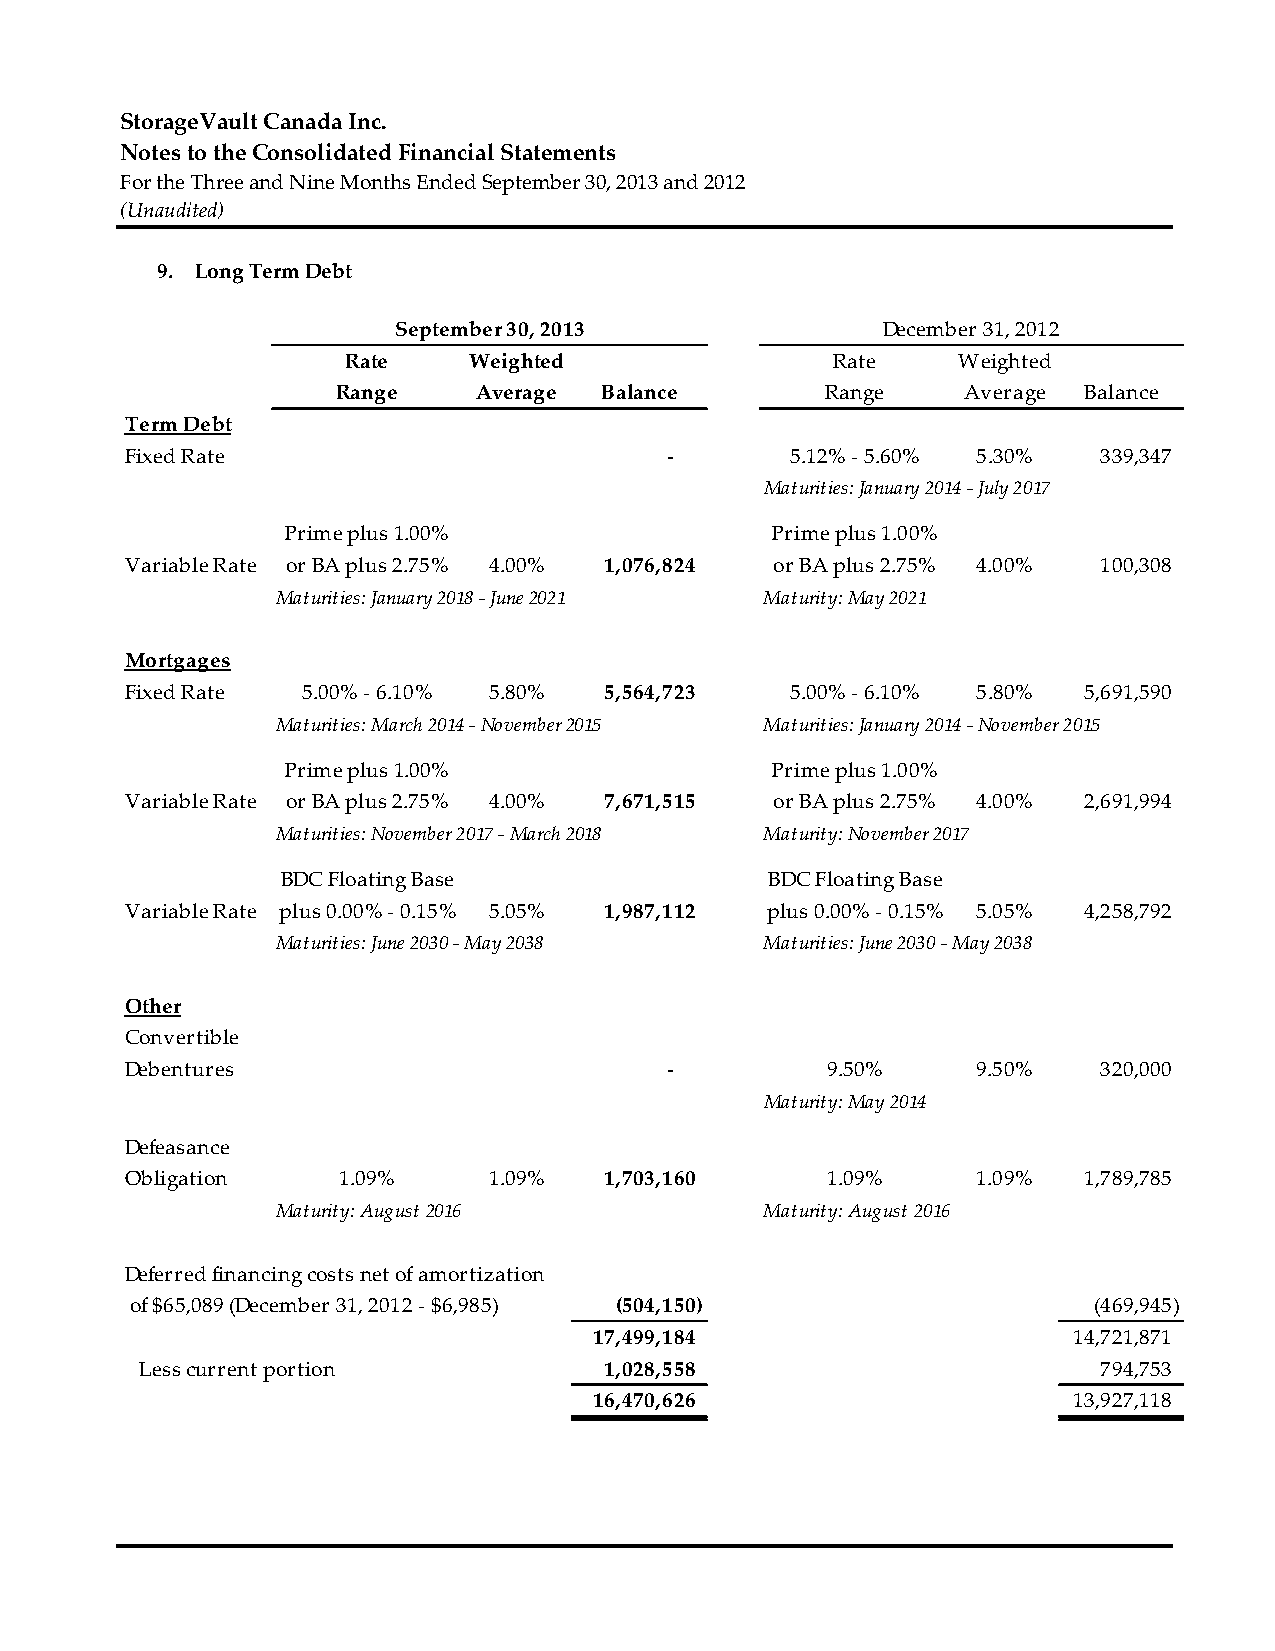
StorageVault Canada Inc.
 Notes to the Consolidated Financial Statements
 For the Three and Nine Months Ended September 30, 2013 and 2012
 (Unaudited)
 9. Long Term Debt
 September 30, 2013              December 31, 2012
 Rate    Weighted                Rate    Weighted
 Range    Average  Balance        Range    Average Balance
 Term Debt
 Fixed Rate                          ‐       5.12% ‐ 5.60% 5.30%  339,347
 Maturities: January 2014 ‐ July 2017
 Prime plus 1.00%                Prime plus 1.00%
 Variable Rate or BA plus 2.75% 4.00% 1,076,824 or BA plus 2.75% 4.00% 100,308
 Maturities: January 2018 ‐ June 2021 Maturity: May 2021
 Mortgages
 Fixed Rate  5.00% ‐ 6.10% 5.80% 5,564,723   5.00% ‐ 6.10% 5.80% 5,691,590
 Maturities: March 2014 ‐ November 2015 Maturities: January 2014 ‐ November 2015
 Prime plus 1.00%                Prime plus 1.00%
 Variable Rate or BA plus 2.75% 4.00% 7,671,515 or BA plus 2.75% 4.00% 2,691,994
 Maturities: November 2017 ‐ March 2018 Maturity: November 2017
 BDC Floating Base               BDC Floating Base
 Variable Rate plus 0.00% ‐ 0.15% 5.05% 1,987,112 plus 0.00% ‐ 0.15% 5.05% 4,258,792
 Maturities: June 2030 ‐ May 2038 Maturities: June 2030 ‐ May 2038
 Other
 Convertible
 Debentures                          ‐          9.50%     9.50%   320,000
 Maturity: May 2014
 Defeasance
 Obligation    1.09%     1.09%   1,703,160      1.09%     1.09%  1,789,785
 Maturity: August 2016            Maturity: August 2016
 Deferred financing costs net of amortization
 of $65,089 (December 31, 2012 ‐ $6,985) (504,150)              (469,945)
 17,499,184                      14,721,871
 Less current portion           1,028,558                        794,753
 16,470,626                      13,927,118